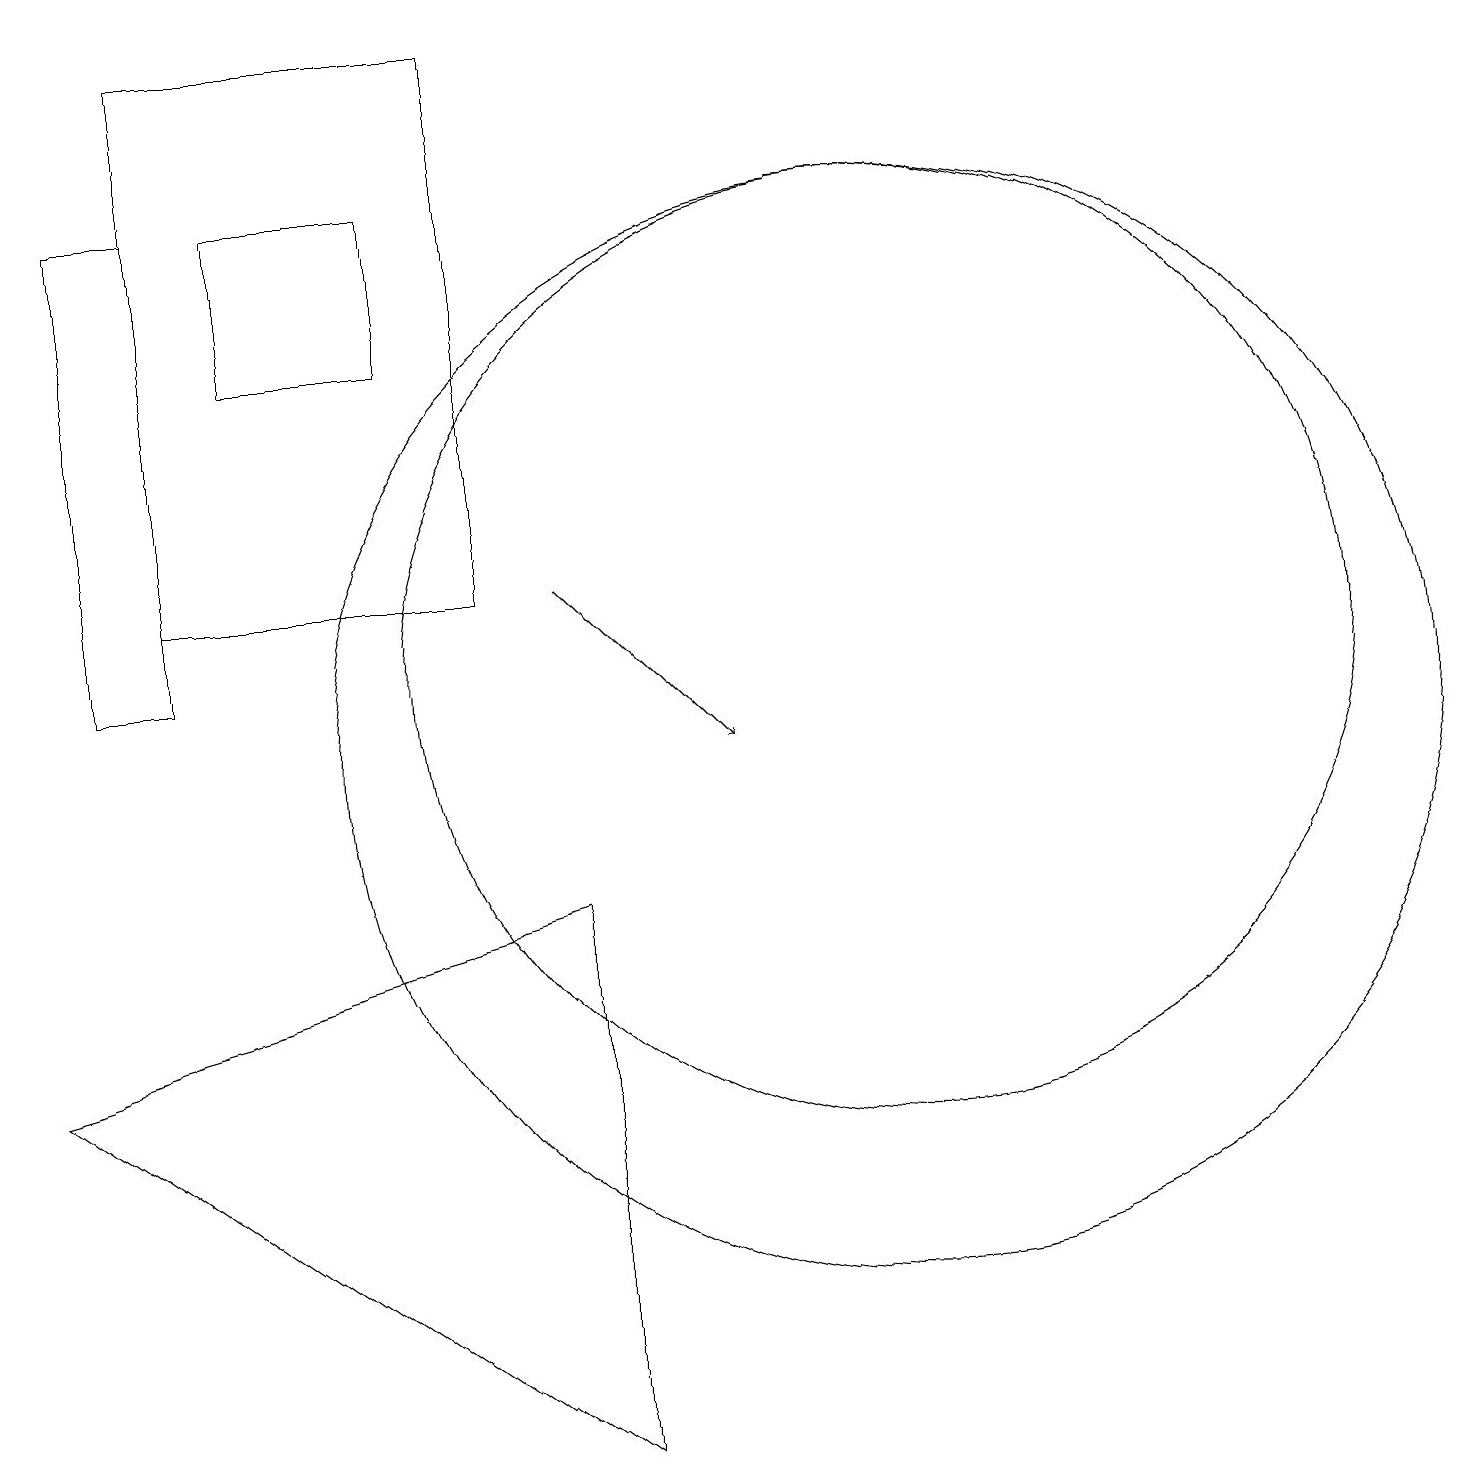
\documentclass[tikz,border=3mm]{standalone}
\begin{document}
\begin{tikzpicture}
\draw (0,6) -- (7,8) -- (7,1) -- cycle;
\draw (6,12) rectangle (2,19);
\draw (11,10) circle (7);
\draw[->] (7,12) -- (9,10);
\draw (11,11) circle (6);
\draw (3,17) rectangle (5,15);
\draw (2,11) rectangle (1,17);
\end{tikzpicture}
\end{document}